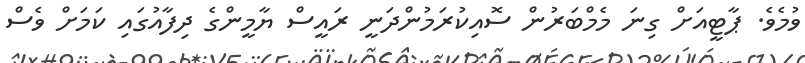
ވުމެވެ. ޕާޓީއަށް ގިނަ މެމްބަރުން ސޮއިކުރަމުންދަނީ ރައީސް ޔާމީންގެ ދިފާއުގައި ކަމަށް ވެސް